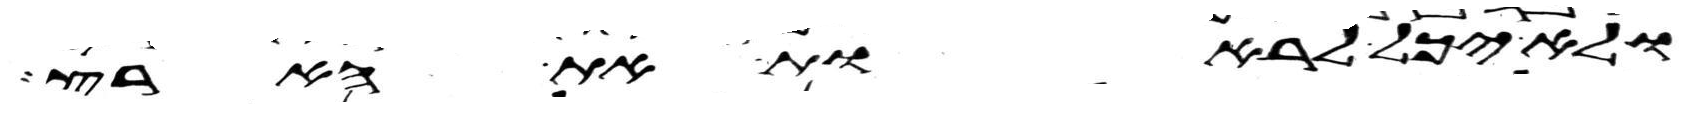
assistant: ולא יכל לראות את הארץ